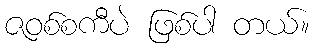
ဇဝစ်စကီပဲ ဖြစ်ပါ တယ်။